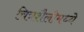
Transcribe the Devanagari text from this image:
चित्रशैलीमध्ये